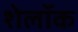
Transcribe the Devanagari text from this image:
शेलॉक